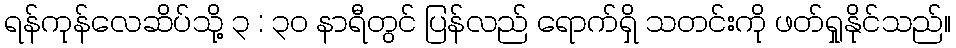
ရန်ကုန်လေဆိပ်သို့ ၃ : ၃၀ နာရီတွင် ပြန်လည် ရောက်ရှိ သတင်းကို ဖတ်ရှုနိုင်သည်။